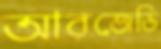
আরজেডি